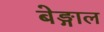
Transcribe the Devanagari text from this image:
बेङ्गाल